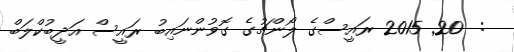
:  20